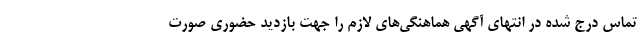
تماس درج شده در انتهای آگهی هماهنگی‌های لازم را جهت بازدید حضوری صورت